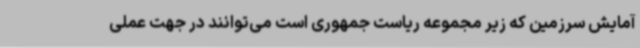
آمایش سرزمین که زیر مجموعه ریاست جمهوری است می‌توانند در جهت عملی